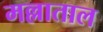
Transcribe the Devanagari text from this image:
मल्लाताल